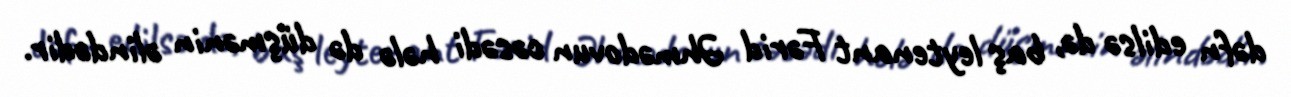
dəfn edilsə də, baş leytenant Fərid Əhmədovun cəsədi hələ də düşmənin əlindədir.